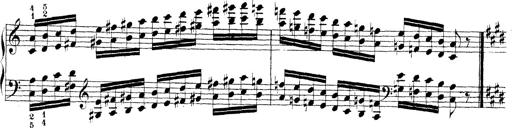
Title: Technische Studien
Composer: Franz Liszt